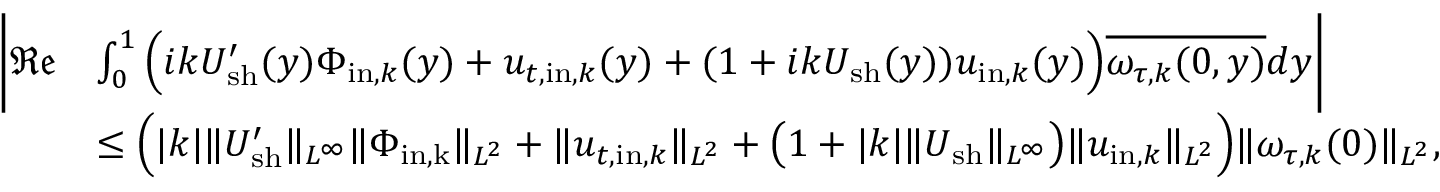
\begin{array} { r l } { \bigg | \mathfrak { R e } } & { \int _ { 0 } ^ { 1 } \Big ( i k U _ { \mathrm { s h } } ^ { \prime } ( y ) \Phi _ { \mathrm { i n } , k } ( y ) + u _ { t , \mathrm { i n } , k } ( y ) + ( 1 + i k U _ { \mathrm { s h } } ( y ) ) u _ { \mathrm { i n } , k } ( y ) \Big ) \overline { { \omega _ { \tau , k } ( 0 , y ) } } d y \bigg | } \\ & { \leq \Big ( | k | \| U _ { \mathrm { s h } } ^ { \prime } \| _ { L ^ { \infty } } \| \Phi _ { \mathrm { i n , k } } \| _ { L ^ { 2 } } + \| u _ { t , \mathrm { i n } , k } \| _ { L ^ { 2 } } + \big ( 1 + | k | \| U _ { \mathrm { s h } } \| _ { L ^ { \infty } } \big ) \| u _ { \mathrm { i n } , k } \| _ { L ^ { 2 } } \Big ) \| \omega _ { \tau , k } ( 0 ) \| _ { L ^ { 2 } } , } \end{array}